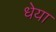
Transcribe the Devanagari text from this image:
धेया